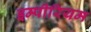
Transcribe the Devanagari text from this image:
इम्पीरियम